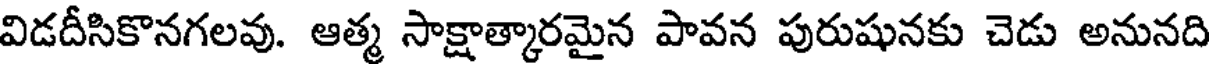
విడదీసికొనగలవు. ఆత్మ సాక్షాత్కారమైన పావన పురుషునకు చెడు అనునది